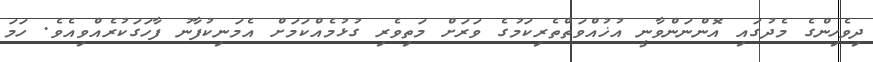
ދިވެހިންގެ މެދުގައި އޮންނަންވާނީ އުޚުއްވަތްތެރިކަމުގެ ވަރަށް މަތިވެރި ގުޅުމެއްކަމަށް އެމަނިކުފާނު ފާހަގަކުރެއްވިއެވެ. ހަމަ